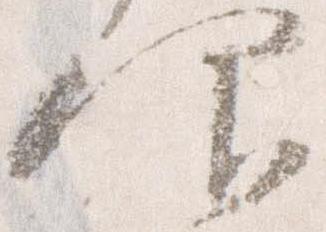
仰